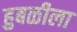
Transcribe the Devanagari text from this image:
हुबळीला